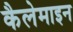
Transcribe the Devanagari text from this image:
कैलेमाइन